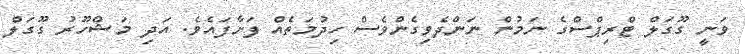
ވަނީ ގޫގަލް ޓްރިޕްސްގެ ނަމުން ނަންދެވިގެންވެސް ހިދުމަތެއް ފަށާފައެވެ. އަދި މަޝްހޫރު ގޫގަލް